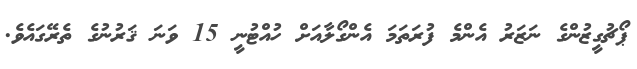
ޕޯޗުގީޒުންގެ ނަޒަރު އެންމެ ފުރަތަމަ އެންގޯލާއަށް ހުއްޓުނީ 15 ވަނަ ޤަރުނުގެ ތެރޭގައެވެ.